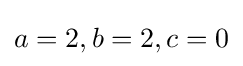
a=2,b=2,c=0